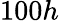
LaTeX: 100h